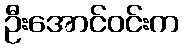
ဦးအောင်ဝင်းက